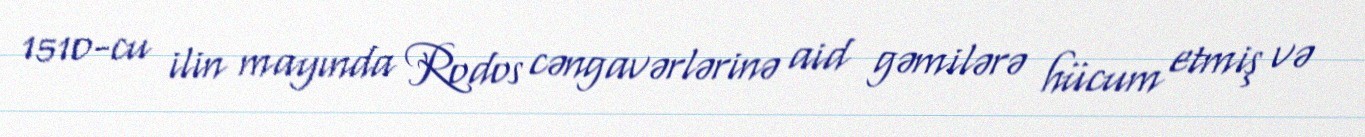
1510-cu ilin mayında Rodos cəngavərlərinə aid gəmilərə hücum etmiş və